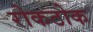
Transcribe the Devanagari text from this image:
रोकठोक